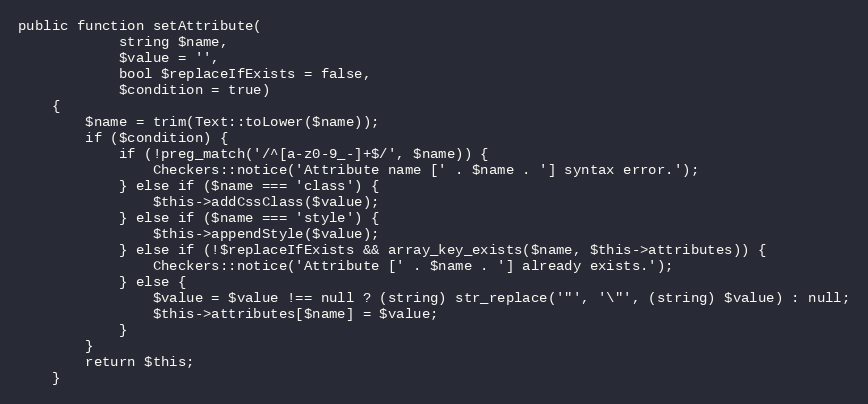
Language: PHP
public function setAttribute(
            string $name,
            $value = '',
            bool $replaceIfExists = false,
            $condition = true)
    {
        $name = trim(Text::toLower($name));
        if ($condition) {
            if (!preg_match('/^[a-z0-9_-]+$/', $name)) {
                Checkers::notice('Attribute name [' . $name . '] syntax error.');
            } else if ($name === 'class') {
                $this->addCssClass($value);
            } else if ($name === 'style') {
                $this->appendStyle($value);
            } else if (!$replaceIfExists && array_key_exists($name, $this->attributes)) {
                Checkers::notice('Attribute [' . $name . '] already exists.');
            } else {
                $value = $value !== null ? (string) str_replace('"', '\"', (string) $value) : null;
                $this->attributes[$name] = $value;
            }
        }
        return $this;
    }